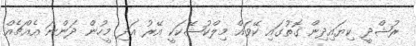
ރުޝްދީ ކިޔައިދިން ގޮތުގައި ކޭވައް މިލްކުޝޭކަކީ އޭރު އަދި މީހުން ދަންނަ އެއްޗެއް